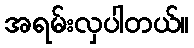
အရမ်းလှပါတယ်။